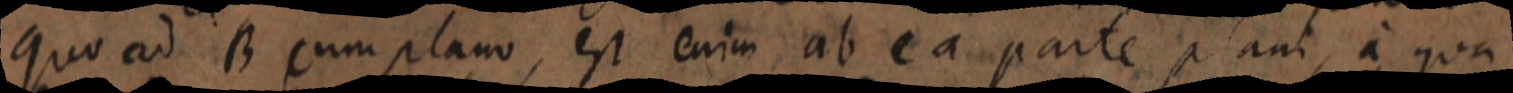
quo ad B cum plano, est enim ab ea parte plani, a qua